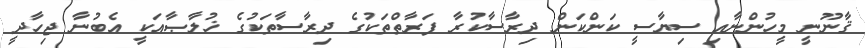
ޤާނޫނީ މީހުންނާއި ސިޔާސީ ކަންކަން ދިރާސާކުރާ ފަރާތްތަކުގެ ދިރާސާތަކުގެ ޚުލާޞާއަކީ އެބުނާ ޖިހާދީ